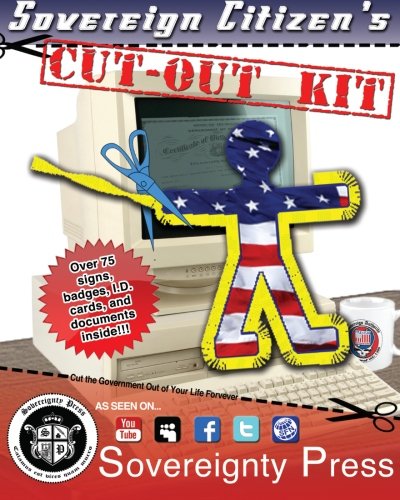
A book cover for Sovereign Citizen's Cut-Out Kit 1.0: Cut the Government Out of Your Life Forever; J.M. Sovereign Godsent; Self-Help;